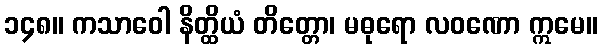
၁၄၈။ ကသာဝေါ နိတ္ထိယံ တိတ္တော၊ မဓုရော လဝဏော ဣမေ။